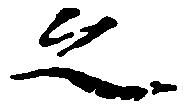
之